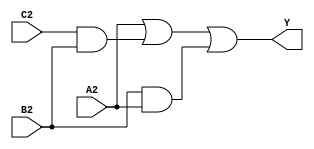
module circuit2(A2, B2, C2, Y);
input A2, B2, C2;
output Y;
wire w1, w2, w3;
assign w1 = C2 & B2;
assign w2 = A2 | w1;
assign w3 = B2 & A2; 
assign Y = w2 | w3;
endmodule